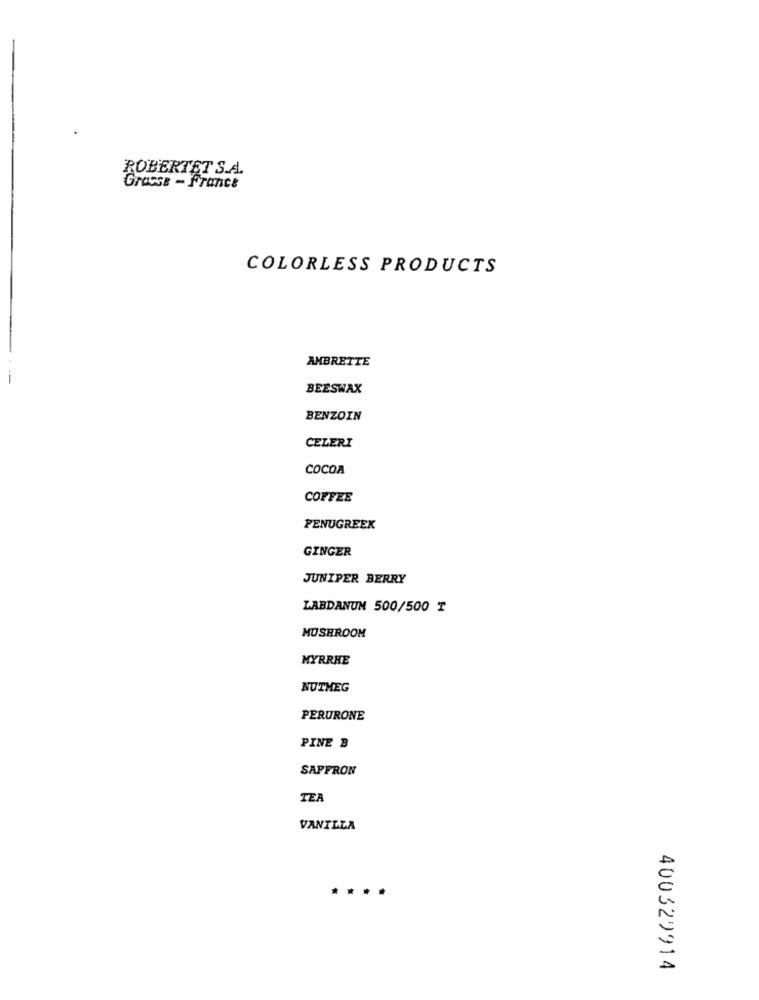
ROBERTET S.A.
Grasse - France
COLORLESS PRODUCTS
AMBRETTE
BEESWAX
BENZOIN
CELERI
COCOA
COFFEE
FENUGREEK
GINGER
JUNIPER BERRY
LABDANUM 500/500 T
MUSHROOM
MYRRHE
NUTMEG
PERURONE
PINE B
SAFFRON
TEA
VANILLA
400329914